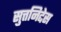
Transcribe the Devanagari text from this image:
सुत्तनिद्देस